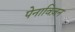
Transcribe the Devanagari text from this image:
पेनाविज़न